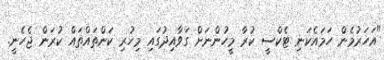
"އަހަރުމެން ހަމައެކަނި ޓެކްސީ ކުރާ މީހުންނަށް ގަވާއިދުގައި މިހުރި ކަންތައްތައް ކުރަން ޖެހެނީ.